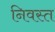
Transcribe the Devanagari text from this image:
निवस्त